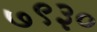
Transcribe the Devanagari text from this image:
७९३०